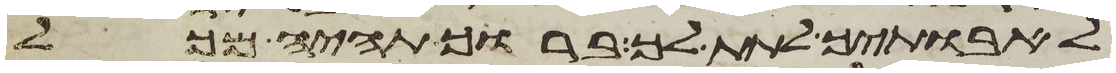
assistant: לאבתיך לתת לך ברוך תהיה מכל